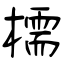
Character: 檽